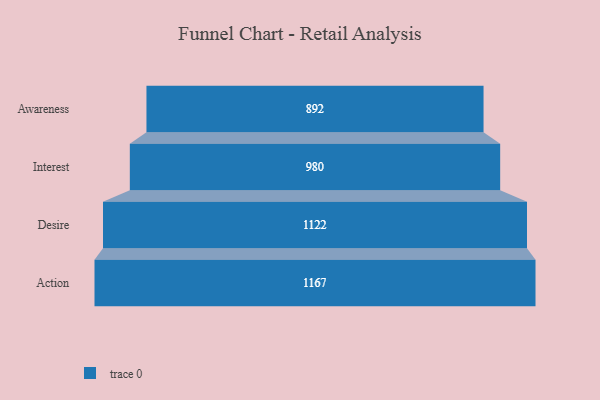
{"axis": {"x": "Stage", "y": "Value"}, "legend": [""], "data": [{"x": "Awareness", "y": 892.0, "type": ""}, {"x": "Interest", "y": 980.0, "type": ""}, {"x": "Desire", "y": 1122.0, "type": ""}, {"x": "Action", "y": 1167.0, "type": ""}]}